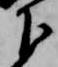
下